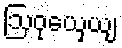
ဩဝုယှေယျ